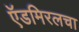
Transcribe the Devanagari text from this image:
ऍडमिरलचा